Report of veterinary surgeon J.H. Steel, A.V.D., on his investigation into an obscure and fatal disease among transport mules in British Burma
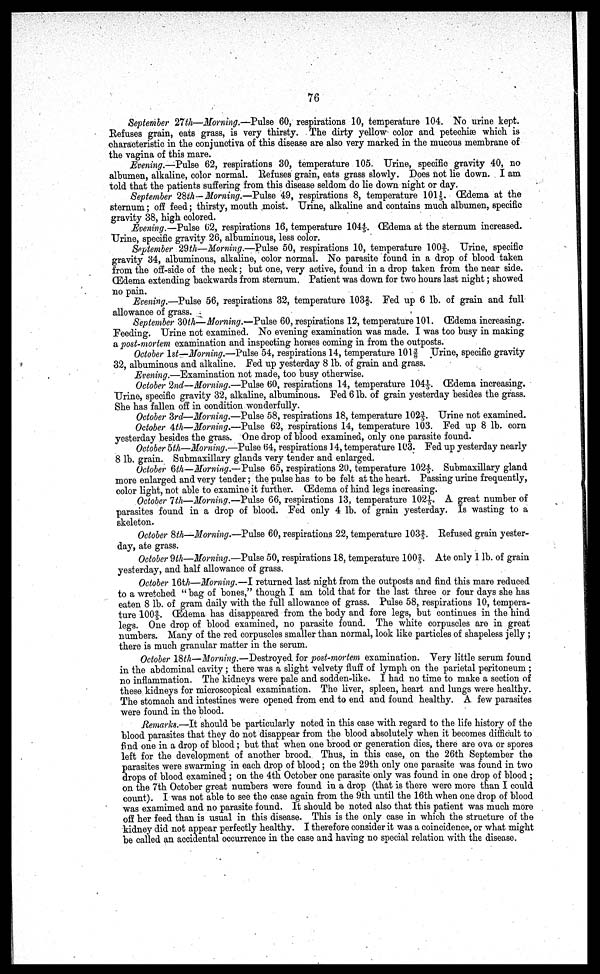
76
September 27 th—Morning.—Pulse 60, respirations 10, temperature 104. No urine kept.
Refuses grain, eats grass, is very thirsty. . The dirty yellow color and petechias which is
characteristic in the conjunctiva of this disease are also very marked in the mucous membrane of
the vagina of this mare.
Evening.—Pulse 62, respirations 30, temperature 105. Urine, specific gravity 40, no
albumen, alkaline, color normal. Refuses grain, eats grass slowly. Does not lie down. I am
told that the patients suffering from this disease seldom do lie down night or day.
September 28ih—Morning.—Pulse 49, respirations 8, temperature 1011/5. Œdema at the
sternum; off feed; thirsty, mouth moist. Urine, alkaline and contains much albumen, specific
gravity 38, high colored.
Evening.—Pulse 62, respirations 16, temperature 104 4/5. (Edema at the sternum increased.
Urine, specific gravity 26, albuminous, less color.
September 29th—Morning.—Pulse 50, respirations 10, temperature 100 3/5. Urine, specific
gravity 34, albuminous, alkaline, color normal. No parasite found in a drop of blood taken
from the off-side of the neck; but one, very active, found in a drop taken from the near side.
Œdema extending backwards from sternum. Patient was down for two hours last night; showed
no pain.
Evening.—Pulse 56, respirations 32, temperature 103 2/8. Fed up 6 lb. of grain and full-
allowance of grass.
September 30th—Morning.—Pulse 60, respirations 12, temperature 101. (Edema increasing.
Feeding. Urine not examined. No evening examination was made. I was too busy in making
a, post-mortem examination and inspecting horses coming in from the outposts.
October 1st—Morning.—Pulse 54, respirations 14, temperature lOl 3/8 Urine, specific gravity
32, albuminous and alkaline. Fed up yesterday 8 lb. of grain and grass.
Evening.—Examination not made, too busy otherwise.
October 2nd—Morning.—Pulse 60, respirations 14, temperature 104 1/5. Œdema increasing.
Urine, specific gravity 32, alkaline, albuminous. Fed 6 lb. of grain yesterday besides the grass.
She has fallen off in condition wonderfully.
October 3rd—Morning.—Pulse 58, respirations 18, temperature 102 3/5. Urine not examined.
October 4th—Morning.—Pulse 62, respirations 14, temperature 103. Fed up 8 lb. corn
yesterday besides the grass. One drop of blood examined, only one parasite found.
October 5th—Morning.—Pulse 64, respirations 14, temperature 103. Fed up yesterday nearly
8 lb. grain. Submaxillary glands very tender and enlarged.
October 6th—Morning.—Pulse 65, respirations 20, temperature 102 4/5. Submaxillary gland
more enlarged and very tender; the pulse has to be felt at the heart. Passing urine frequently,
color light, not able to examine it further. Œdema of hind legs increasing.
October 7th—Morning.—Pulse 66, respirations 13, temperature 102 1/5. A great number of
parasites found in a drop of blood. Fed only 4 lb. of grain yesterday. Is wasting to a
skeleton.
October 8th—Morning.—Pulse 60, respirations 22, temperature 103 2/5. Refused grain yester-
day, ate grass.
October 9th—Morning.—Pulse 50, respirations 18, temperature 100 2/5. Ate only 1 lb. of grain
yesterday, and half allowance of grass.
October 16th—Morning.—I returned last night from the outposts and find this mare reduced
to a wretched " bag of bones," though I am told that for the last three or four days she has
eaten 8 lb. of gram daily with the full allowance of grass. Pulse 58, respirations 10, tempera-
ture 100 2/5. Œdema has disappeared from the body and fore legs, but continues in the hind
legs. One drop of blood examined, no parasite found. The white corpuscles are in great
numbers. Many of the red corpuscles smaller than normal, look like particles of shapeless jelly ;
there is much granular matter in the serum.
October 18th—Morning.—Destroyed, for post-mortem examination. Very little serum found
in the abdominal cavity; there was a slight velvety fluff of lymph on the parietal peritoneum ;
no inflammation. The kidneys were pale and sodden-like. I had no time to make a section of
these kidneys for microscopical examination. The liver, spleen, heart and lungs were healthy.
The stomach and intestines were opened from end to end and found healthy. A few parasites
were found in the blood.
Remarks.—It should be particularly noted in this case with regard to the life history of the
blood parasites that they do not disappear from the blood absolutely when it becomes difficult to
find one in a drop of blood; but that when one brood or generation dies, there are ova or spores
left for the development of another brood. Thus, in this case, on the 26th September the
parasites were swarming in each drop of blood; on the 29th only one parasite was found in two
drops of blood examined ; on the 4th October one parasite only was found in one drop of blood ;
on the 7th October great numbers were found in a drop (that is there were more than I could
count). I was not able to see the case again from the 9th until the 16th when one drop of blood
was examimed and no parasite found. It should be noted also that this patient was much more
off her feed than is usual in this disease. This is the only case in which the structure of the
kidney did not appear perfectly healthy. I therefore consider it was a coincidence, or what might
be called an accidental occurrence in the case and having no special relation with the disease.